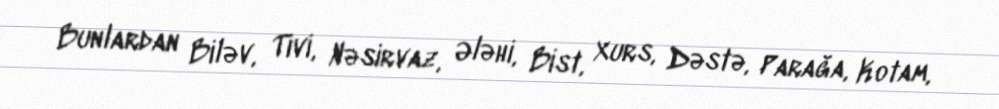
Bunlardan Biləv, Tivi, Nəsirvaz, Ələhi, Bist, Xurs, Dəstə, Parağa, Kotam,